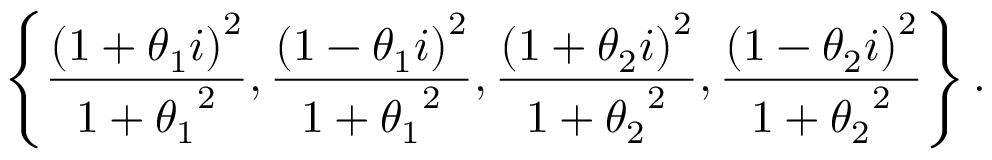
\left\{ { \frac { \left( 1 + \theta _ { 1 } i \right) ^ { 2 } } { 1 + { \theta _ { 1 } } ^ { 2 } } } , { \frac { \left( 1 - \theta _ { 1 } i \right) ^ { 2 } } { 1 + { \theta _ { 1 } } ^ { 2 } } } , { \frac { \left( 1 + \theta _ { 2 } i \right) ^ { 2 } } { 1 + { \theta _ { 2 } } ^ { 2 } } } , { \frac { \left( 1 - \theta _ { 2 } i \right) ^ { 2 } } { 1 + { \theta _ { 2 } } ^ { 2 } } } \right\} .